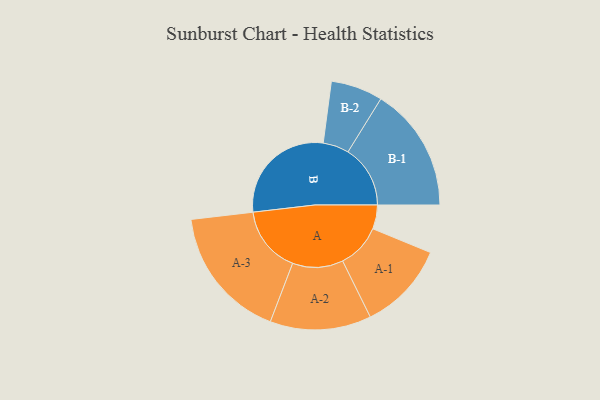
{"axis": {"x": "Segment", "y": "Value"}, "legend": ["", "A", "B"], "data": [{"x": "A", "y": 106, "type": ""}, {"x": "B", "y": 494, "type": ""}, {"x": "A-1", "y": 196, "type": "A"}, {"x": "A-2", "y": 224, "type": "A"}, {"x": "A-3", "y": 296, "type": "A"}, {"x": "B-1", "y": 276, "type": "B"}, {"x": "B-2", "y": 115, "type": "B"}]}